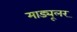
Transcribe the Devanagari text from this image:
माड्यूलर